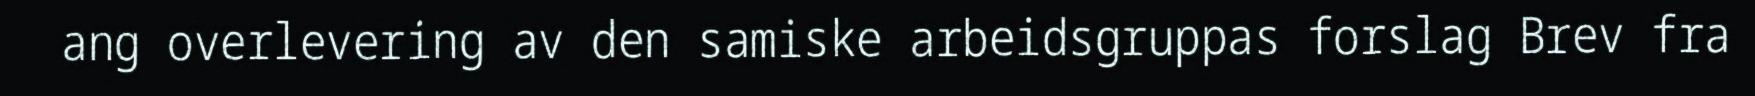
ang overlevering av den samiske arbeidsgruppas forslag Brev fra